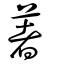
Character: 著